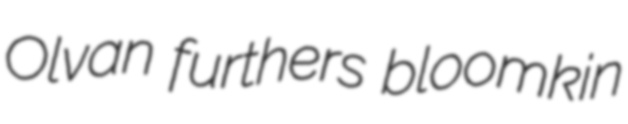
Olvan furthers bloomkin